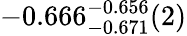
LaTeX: -0.666_{-0.671}^{-0.656}(2)